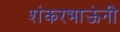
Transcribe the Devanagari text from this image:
शंकरभाऊंनी